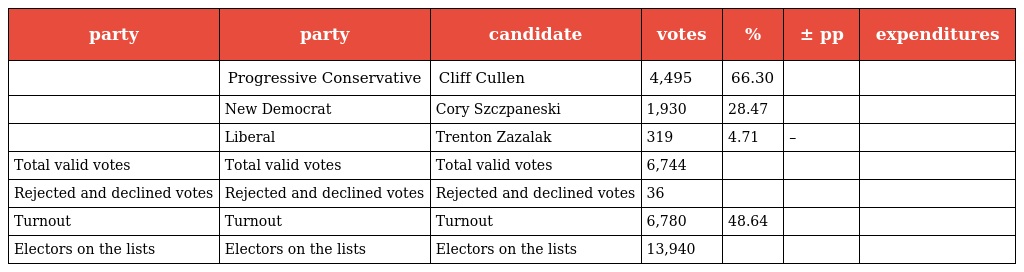
| party | party | candidate | votes | % | ± pp | expenditures |
 | --- | --- | --- | --- | --- | --- | --- |
 |  | Progressive Conservative | Cliff Cullen | 4,495 | 66.30 |  |  |
 |  | New Democrat | Cory Szczpaneski | 1,930 | 28.47 |  |  |
 |  | Liberal | Trenton Zazalak | 319 | 4.71 | – |  |
 | Total valid votes | Total valid votes | Total valid votes | 6,744 |  |  |  |
 | Rejected and declined votes | Rejected and declined votes | Rejected and declined votes | 36 |  |  |  |
 | Turnout | Turnout | Turnout | 6,780 | 48.64 |  |  |
 | Electors on the lists | Electors on the lists | Electors on the lists | 13,940 |  |  |  |